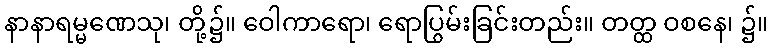
နာနာရမ္မဏေသု၊ တို့၌။ ဝေါကာရော၊ ရောပြွမ်းခြင်းတည်း။ တတ္ထ ဝစနေ၊ ၌။